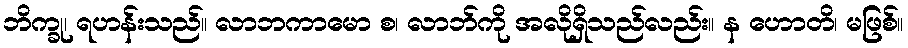
ဘိက္ခု၊ ရဟန်းသည်။ လာဘကာမော စ၊ လာဘ်ကို အလိုရှိသည်လည်း။ န ဟောတိ၊ မဖြစ်။